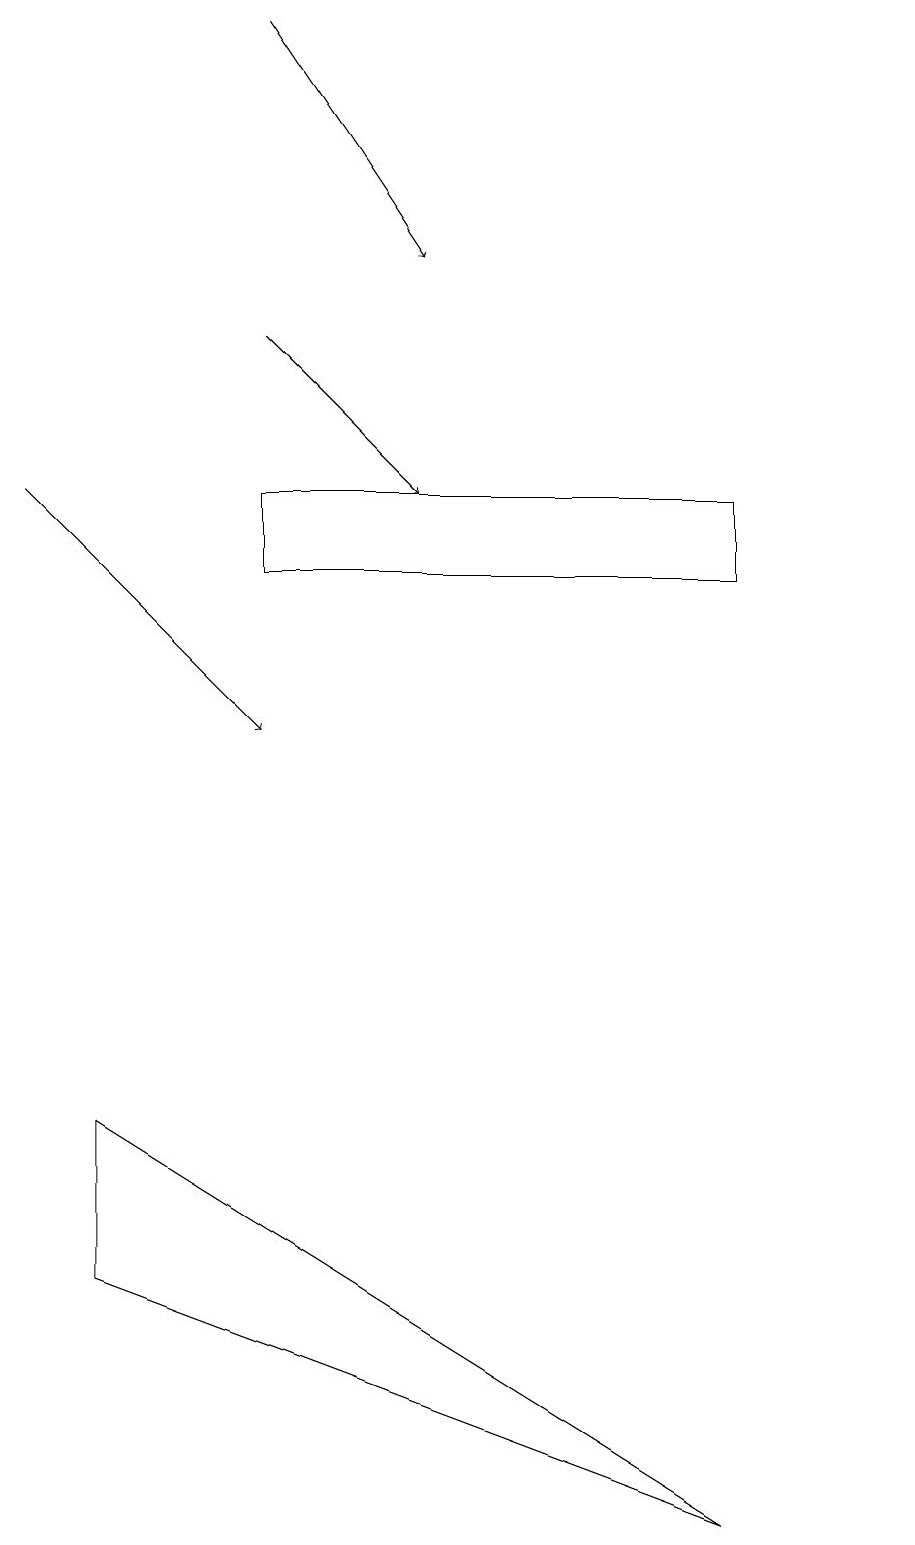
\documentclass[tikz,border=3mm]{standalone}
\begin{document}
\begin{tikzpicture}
\draw[->] (0,13) -- (3,10);
\draw (3,13) rectangle (9,12);
\draw (1,3) -- (9,0) -- (1,5) -- cycle;
\draw[->] (3,15) -- (5,13);
\draw[->] (3,19) -- (5,16);
\draw (11,12) circle (0);
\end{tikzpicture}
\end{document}